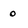
Character: 0